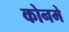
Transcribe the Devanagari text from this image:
कोनमे